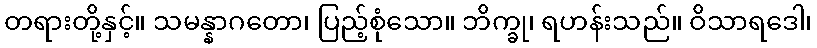
တရားတို့နှင့်။ သမန္နာဂတော၊ ပြည့်စုံသော။ ဘိက္ခု၊ ရဟန်းသည်။ ဝိသာရဒေါ၊